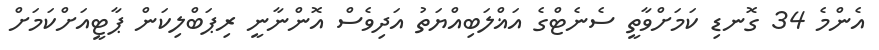
އެންމެ 34 ގޮނޑި ކަމަށްވާތީ ސެނެޓްގެ އަޣްލަބިއްޔަތު އަދިވެސް އޮންނާނީ ރިޕަބްލިކަން ޕާޓީއަށްކަމަށް